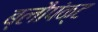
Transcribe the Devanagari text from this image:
ब्लौपंक्ट